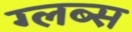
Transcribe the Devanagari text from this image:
ग्लब्स